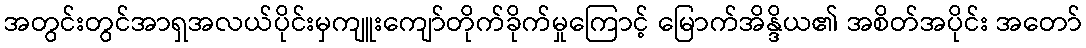
အတွင်းတွင်အာရှအလယ်ပိုင်းမှကျူးကျော်တိုက်ခိုက်မှုကြောင့် မြောက်အိန္ဒိယ၏ အစိတ်အပိုင်း အတော်